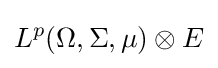
L^{p}(\Omega ,\Sigma ,\mu )\otimes E